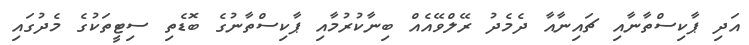
އަދި ޕާކިސްތާނާއި ޗައިނާއާ ދެމެދު ރޭލްވޭއެއް ބިނާކުރުމާއި ޕާކިސްތާނުގެ ބޮޑެތި ސިޓީތަކުގެ މެދުގައި